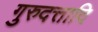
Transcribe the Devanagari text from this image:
गुरुदत्तादि